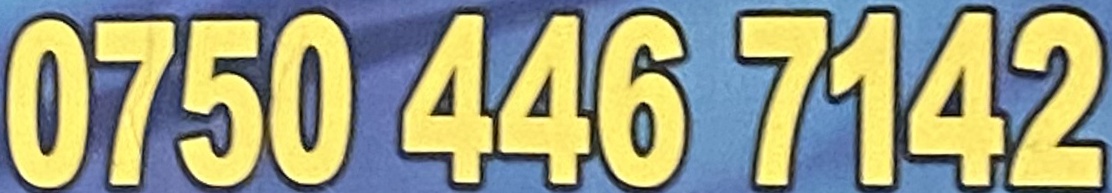
0750 446 7142